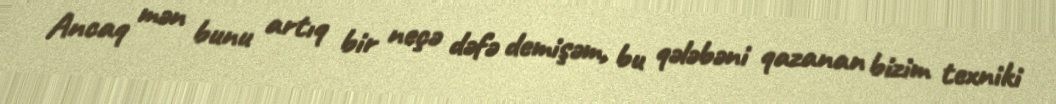
Ancaq mən bunu artıq bir neçə dəfə demişəm, bu qələbəni qazanan bizim texniki